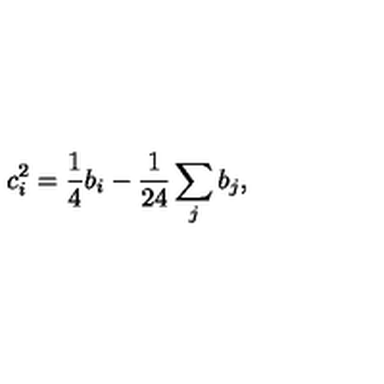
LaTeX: c _ { i } ^ { 2 } = \frac { 1 } { 4 } b _ { i } - \frac { 1 } { 2 4 } \sum _ { j } b _ { j } ,